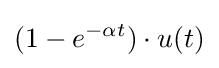
(1-e^{-\alpha t})\cdot u(t)